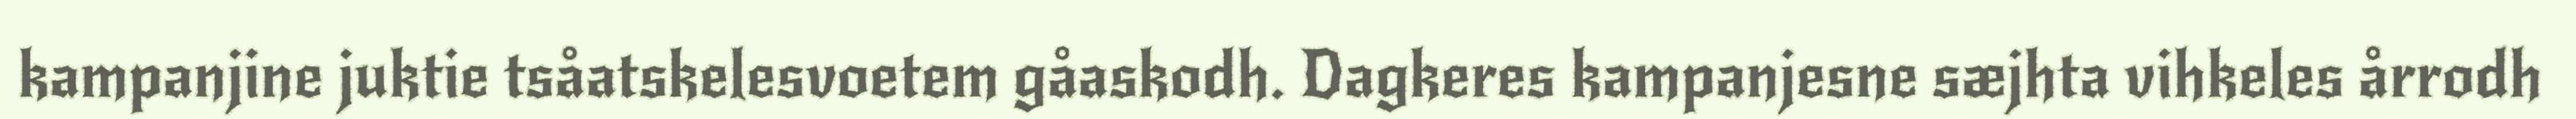
kampanjine juktie tsåatskelesvoetem gåaskodh. Dagkeres kampanjesne sæjhta vihkeles årrodh